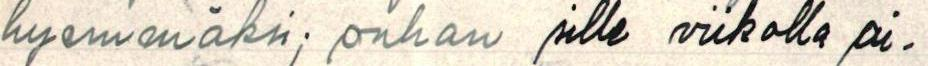
hyemmäksi; onhan sille viikolla ai-